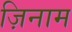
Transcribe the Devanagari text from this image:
ज़िनाम